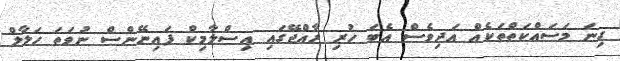
ގިނަ މަސައްކަތްތަކެއް އަދިވެސް އެބަ ހުރި ރާއްޖޭގައި އިސްލާމިކް ފައިނޭންސް ނުވަތަ ހަލާލް